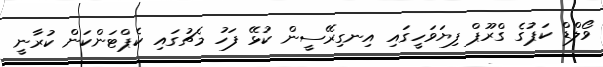
ވޯލްޑް ކަޕުގެ ގްރޫޕް ފިޔަވަހީގައި އިނގިރޭސީން ކުޅޭ ފަހު މެޗުގައި ކެޕްޓަންކަން ކުރާނީ